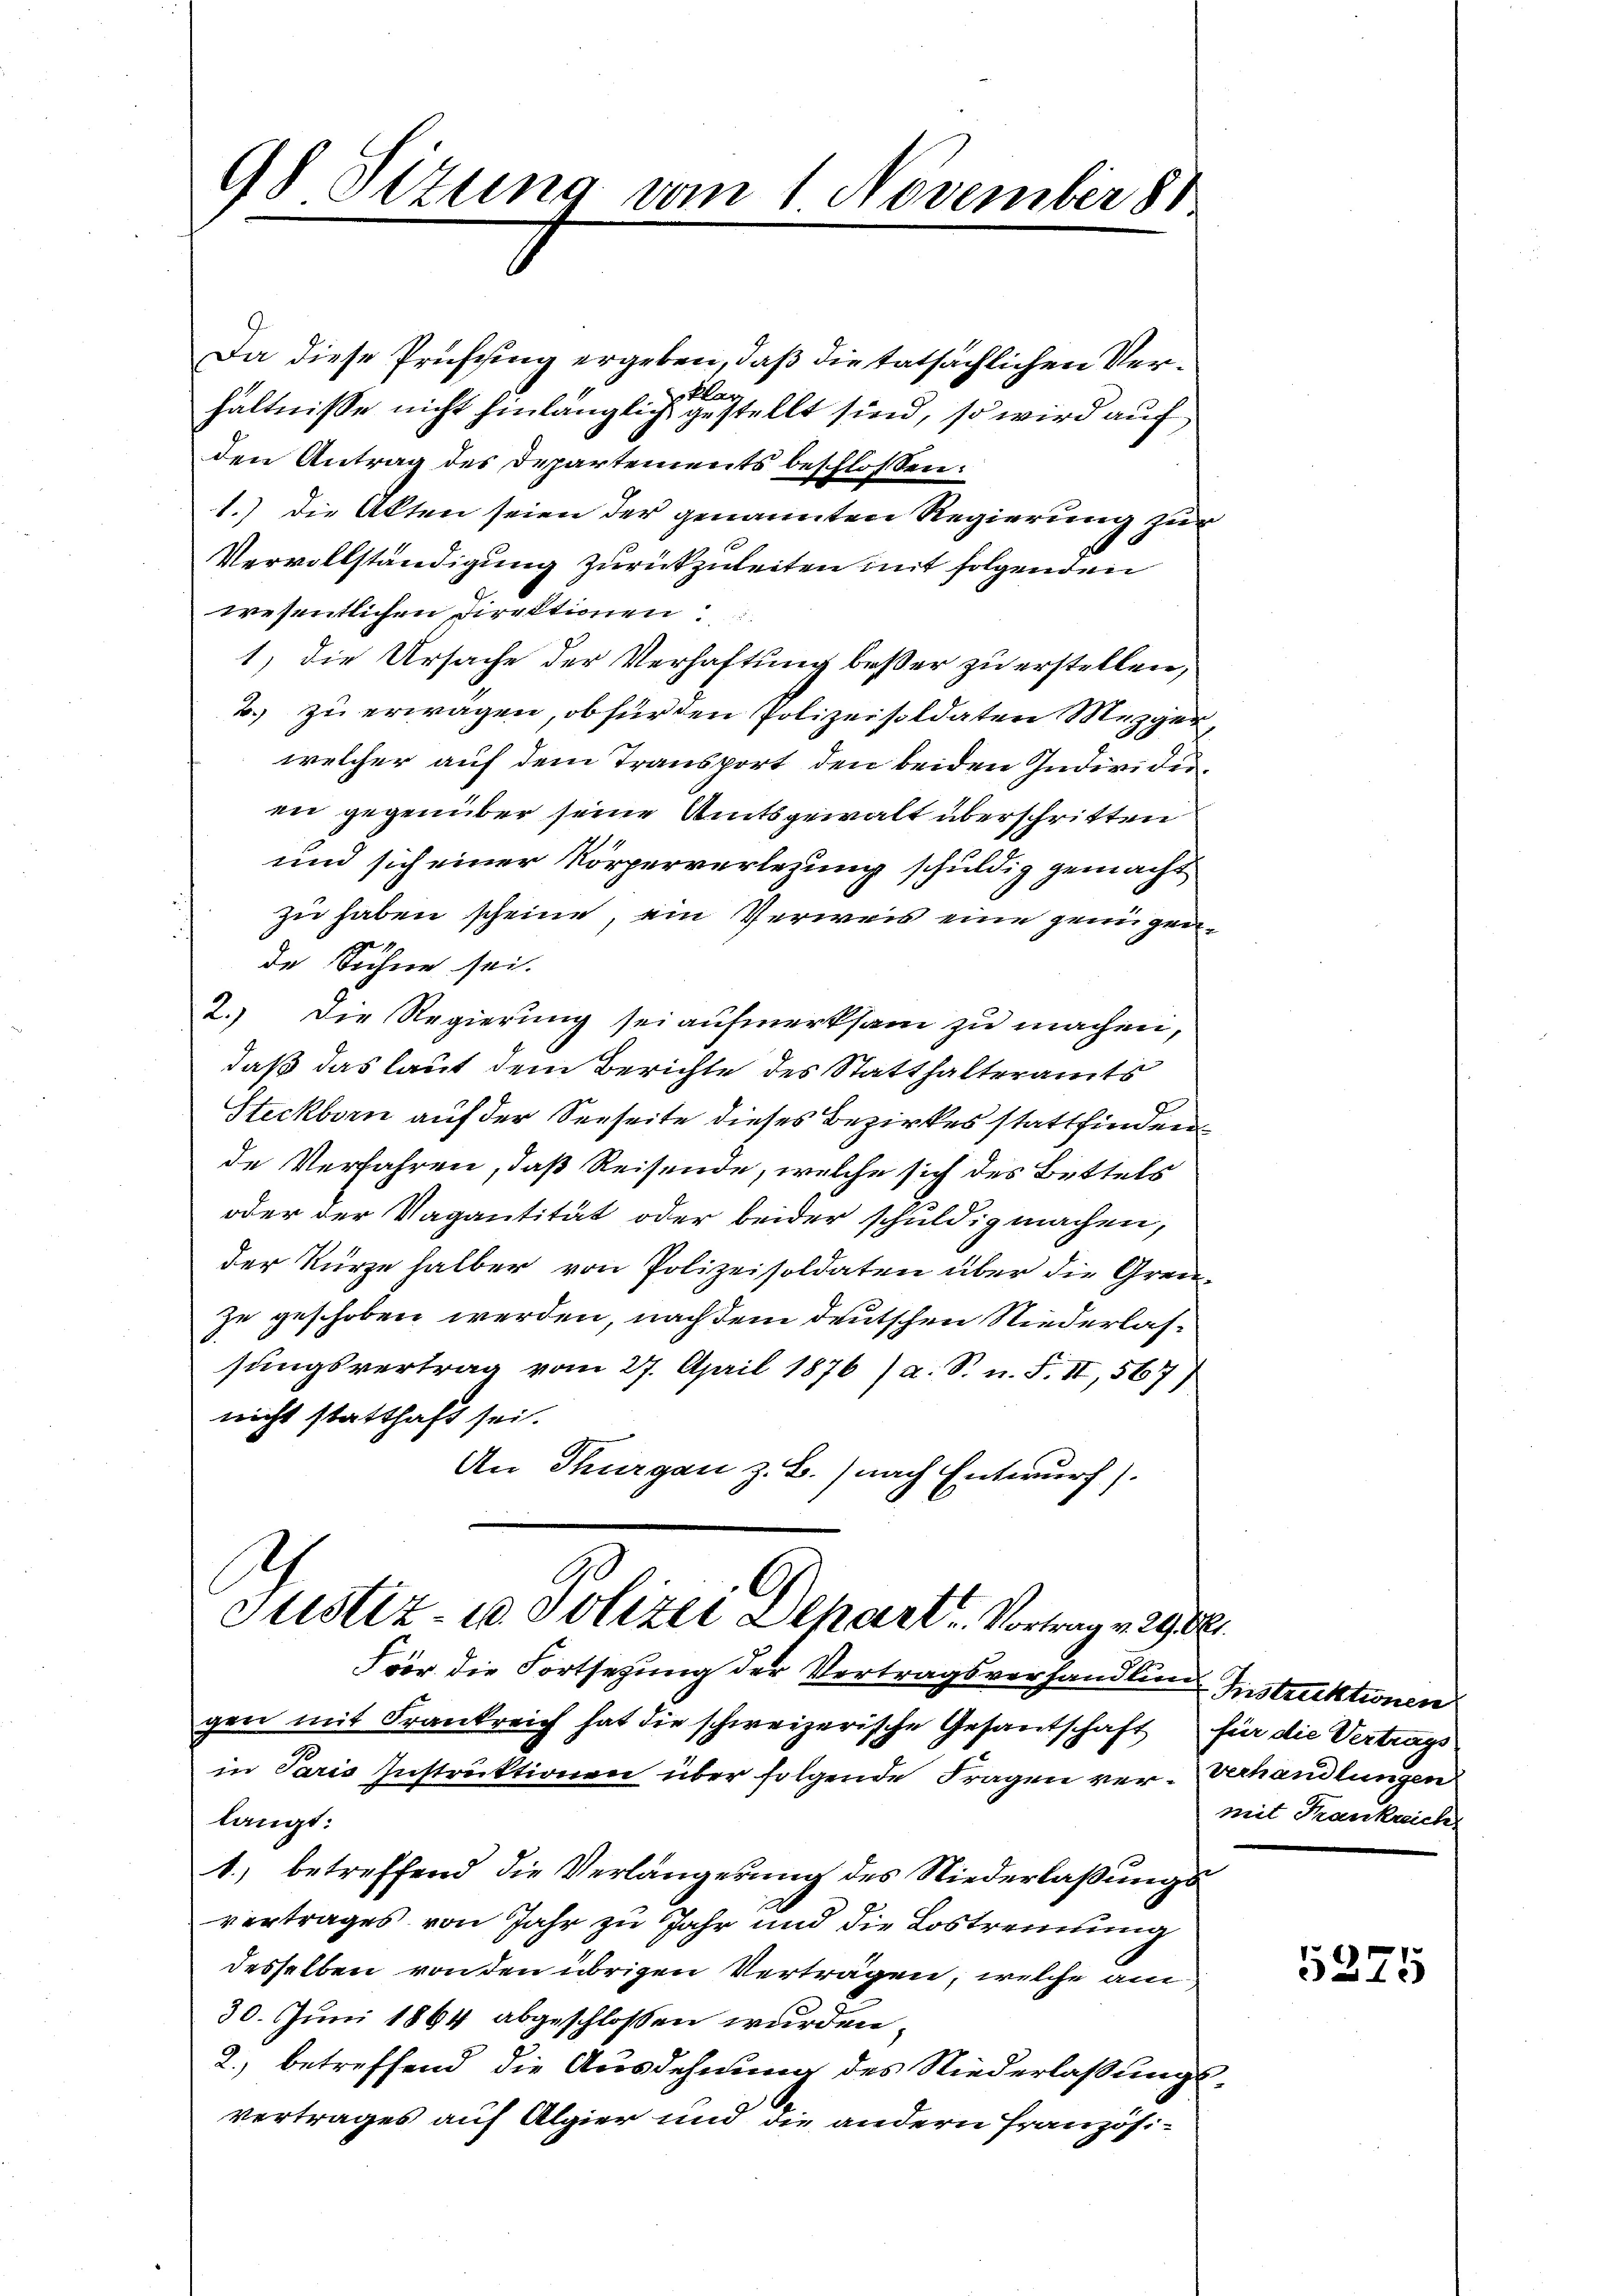
98 Sitzung vom 1. November 81

Da diese Prüfung ergeben, daß die tatsächlichen Verklar
hältnisse nicht hinlänglich gestellt sind, so wird auf
den Antrag des Departements beschlossen:
1.) Die Akten seien der genannten Regierung zur
36
Vervollständigung zurückzuleiten mit folgenden
wesentlichen Direktionen
1) die Ursache der Verhaftung besser zu erstellen,
2. zu erwagen, ob für den Polizeisoldaten Mezger,
welcher auf dem Transport den beiden Individen
en gegenüber seine Amtsgewalt überschritten
und sich einer Körperverlegung schuldig gemacht
zu haben scheine, ein Verweis eine genügende Sühne sei.
2.) Die Regierung sei aufmerksam zu machen,
daß das laut dem Berichte des Statthalteramts
2
Steckborn auf der Seeseite dieses Bezirkes stattfinden
de Verfahren, daß Reisende, welche sich des Bettels
oder der Vagantität oder beider schuldig machen,
der Kürze halber von Polizeisoldaten über die Grenzu geschoben werden, nach dem deutschen Niederlassungsvertrag vom 27. April 1876 (a. S. n. F. II, 567/
nicht statthaft sei.
An Thurgau z. B.) nach Entwurf).

Justiz- u. Polizei Depart. Vortrag v. 2988.

Fvor die Fortsetzung der Vertragsverhandlung Instruktionen
gen mit Frankreich hat die schweizerische Gesandschaft für die Vertrags
in Paris Instruktionen über folgende Fragen ver-Verhandlungen
langt:
1.) betreffend die Verlängerung des Niederlaßungsvertrages von Jahr zu Jahr und die Lostrennung
desselben von den übrigen Vertragen, welche an
30. Juni 1864 abgeschlossen wurden
2.) betreffend die Ausdehnung des Niederlaßungsvertrages auf Algier und die andern Französi¬

mit Frankreich

5225